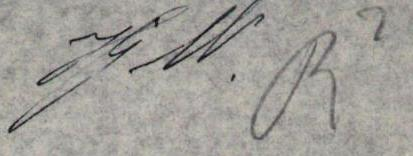
J W. R2